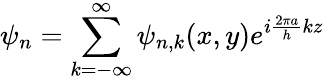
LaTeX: \psi_{n}=\displaystyle\sum_{k=-\infty}^{\infty}\psi_{n,k}(x,y)e^{i\frac{2\pi a}{h}kz}